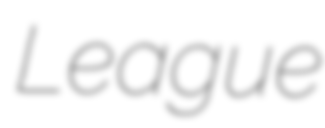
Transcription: League